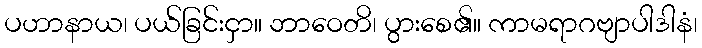
ပဟာနာယ၊ ပယ်ခြင်းငှာ။ ဘာဝေတိ၊ ပွားစေ၏။ ကာမရာဂဗျာပါဒါနံ၊